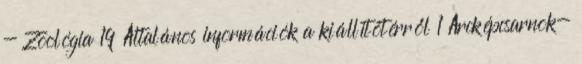
- Zoológia 19 Általános információk a kiállítótérről 1 Arcképcsarnok-